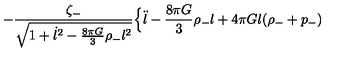
- \frac { \zeta _ { - } } { \sqrt { 1 + \dot { l } ^ { 2 } - \frac { 8 \pi G } { 3 } \rho _ { - } l ^ { 2 } } } \Bigl \{ \ddot { l } - \frac { 8 \pi G } { 3 } \rho _ { - } l + 4 \pi G l ( \rho _ { - } + p _ { - } )